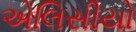
એલિસીયો